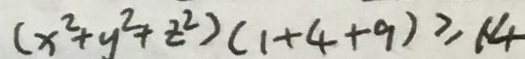
( x ^ { 2 } + y ^ { 2 } + z ^ { 2 } ) ( 1 + 4 + 9 ) \geq 1 4